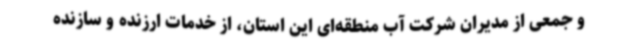
و جمعی از مدیران شرکت آب منطقه‌ای این استان، از خدمات ارزنده و سازنده